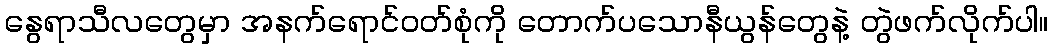
နွေရာသီလတွေမှာ အနက်ရောင်ဝတ်စုံကို တောက်ပသောနီယွန်တွေနဲ့ တွဲဖက်လိုက်ပါ။